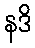
နဒိ